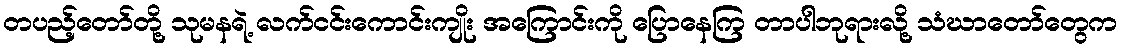
တပည့်တော်တို့ သုမနရဲ့ လက်ငင်းကောင်းကျိုး အကြောင်းကို ပြောနေကြ တာပါဘုရားလို့ သံဃာတော်တွေက